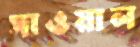
সাওয়াল